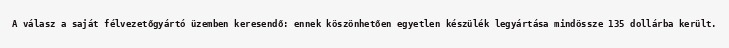
A válasz a saját félvezetőgyártó üzemben keresendő: ennek köszönhetően egyetlen készülék legyártása mindössze 135 dollárba került.